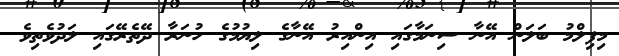
މިފިލްމު ބަލަން އޭނާ ސިނަމާގައި އިންއިރު އޭނާގެ ލިޔުމުގެ ހުނަރާ ދޭތެރޭގައި ލަދުވެތިވެ